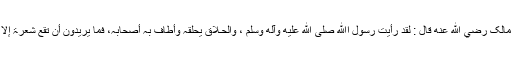
عَنْ أَنَسِ بْنِ مَالِکٍ رضي الله عنه قَالَ : لَقَدْ رَأَیْتُ رَسُوْلَ اﷲِ صلى الله عليه وآله وسلم ، وَالْحَـلاَّقُ یَحْلِقُہٗ وَأَطَافَ بِہٖ أَصْحَابُہٗ، فَمَا یُرِیْدُوْنَ أَنْ تَقَعَ شَعْرَۃٌ إِلَّا فِي یَدِ رَجُلٍ۔